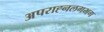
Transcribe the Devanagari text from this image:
अपराह्नलगभग